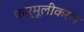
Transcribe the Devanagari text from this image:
फार्मूलीकरण